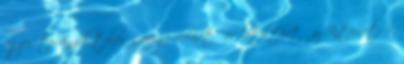
egyes törvények teljes szövege elérhető és letölthető az Internetről,